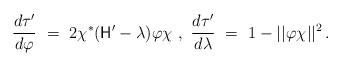
LaTeX: \begin{align*}\frac{d\tau'}{d\varphi}\ =\ 2\chi ^\ast(\mathsf{H}'-\lambda )\varphi\chi\ ,\ \frac{d\tau'}{d\lambda}\ =\ 1-||\varphi\chi||^2\, .\end{align*}